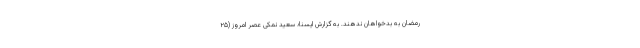
رمضان به بدخواهان ندهند. به گزارش ایسنا؛ سعید نمکی عصر امروز (۲۵